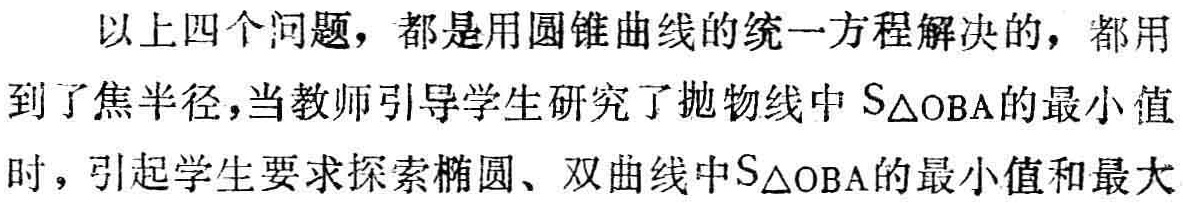
以上四个问题，都是用圆锥曲线的统一方程解决的，都用到了焦半径，当教师引导学生研究了抛物线中 \(S_{\triangle OBA}\)的最小值时，引起学生要求探索椭圆、双曲线中\(S_{\triangle OBA}\)的最小值和最大